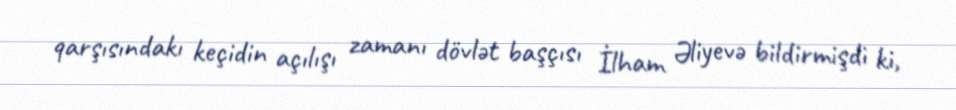
qarşısındakı keçidin açılışı zamanı dövlət başçısı İlham Əliyevə bildirmişdi ki,